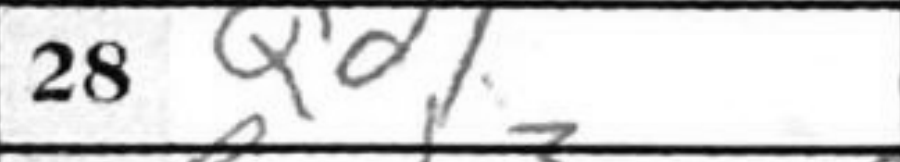
Transcription: Qd1